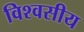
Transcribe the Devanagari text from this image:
विश्वसीय